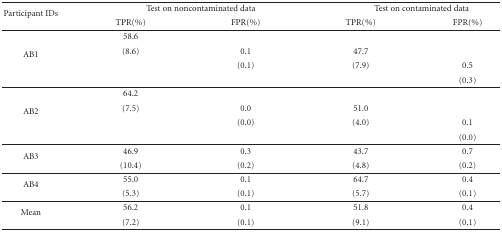
<table><thead><tr><td rowspan="2"><b>Participant IDs</b></td><td colspan="2"><b>Test on noncontaminated data</b></td><td colspan="2"><b> Test on contaminated data </b></td></tr><tr><td><b>TPR(%)</b></td><td><b>FPR(%)</b></td><td><b>TPR(%)</b></td><td><b>FPR(%)</b></td></tr></thead><tbody><tr><td rowspan="4">AB1</td><td>58.6</td><td></td><td></td><td></td></tr><tr><td>(8.6)</td><td>0.1</td><td>47.7</td><td></td></tr><tr><td></td><td>(0.1)</td><td>(7.9)</td><td>0.5</td></tr><tr><td></td><td></td><td></td><td>(0.3)</td></tr><tr><td rowspan="4">AB2 </td><td>64.2</td><td></td><td></td><td></td></tr><tr><td>(7.5) </td><td>0.0</td><td>51.0</td><td></td></tr><tr><td></td><td>(0.0)</td><td>(4.0)</td><td>0.1</td></tr><tr><td></td><td></td><td></td><td>(0.0)</td></tr><tr><td rowspan="2">AB3 </td><td>46.9</td><td>0.3</td><td>43.7</td><td>0.7</td></tr><tr><td>(10.4)</td><td>(0.2)</td><td>(4.8)</td><td>(0.2)</td></tr><tr><td rowspan="2">AB4 </td><td>55.0</td><td>0.1</td><td>64.7</td><td>0.4</td></tr><tr><td>(5.3)</td><td>(0.1)</td><td>(5.7)</td><td>(0.1)</td></tr><tr><td rowspan="2">Mean </td><td>56.2</td><td>0.1</td><td>51.8</td><td>0.4</td></tr><tr><td>(7.2)</td><td>(0.1)</td><td>(9.1)</td><td>(0.1)</td></tr></tbody></table>